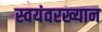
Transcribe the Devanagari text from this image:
स्वयंवरख्यान